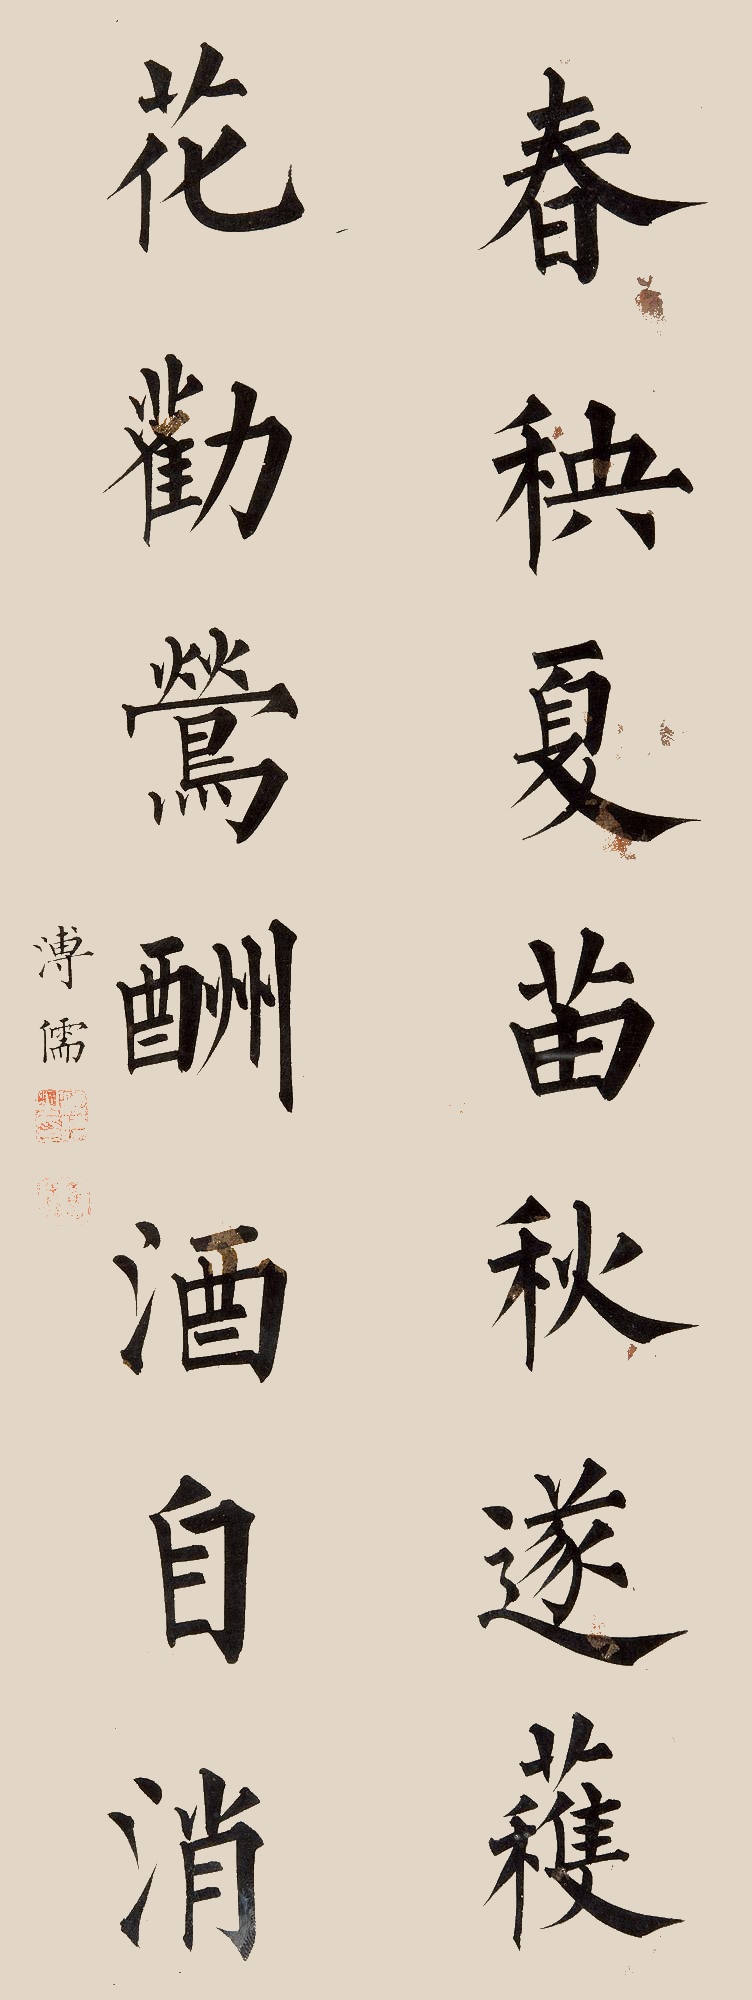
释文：春秧夏苗秋遂获，花劝莺酬酒自消。溥儒。